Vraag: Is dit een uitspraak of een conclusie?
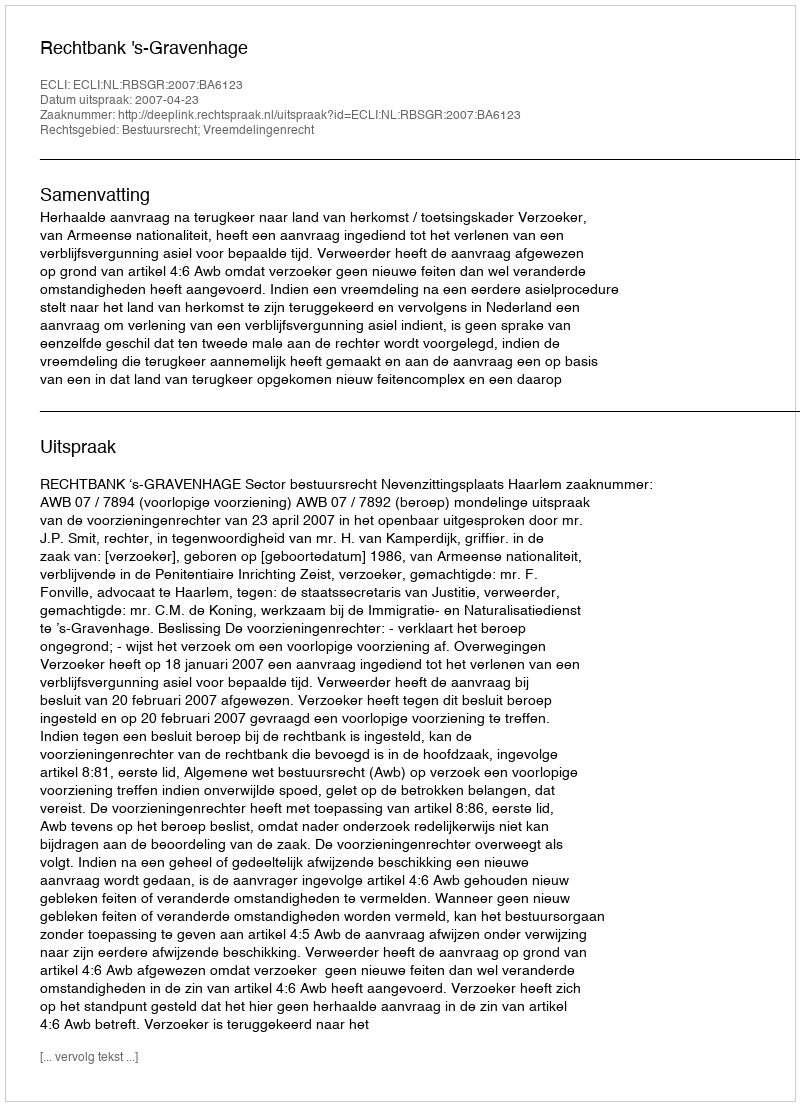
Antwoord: Uitspraak